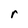
Character: r